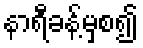
နာရီခန့်မှစ၍